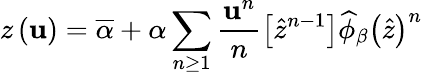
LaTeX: z\left(\mathbf{u}\right)=\overline{{{\alpha}}}+\alpha\sum_{n\geq1}\frac{{\mathbf{u}^{n}}}{{n}}\left[\widehat{{z}}^{n-1}\right]\widehat{{\phi}}_{\beta}\left(\widehat{{z}}\right)^{n}